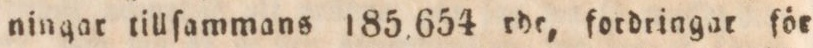
ningar tillſammans 185,654 rdr, fordringar för